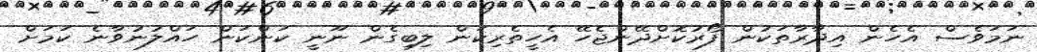
ނަމަވެސް އެހެން އިދާރާތަކުން ފޯރުކޮށްދޭންޖެހޭ އެހީތެރިކަން ލިބިގެން ނޫނީ ކަންކަން ހައްލުނުވާނެ ކަމަށް